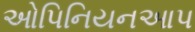
ઓપિનિયનઆપ